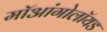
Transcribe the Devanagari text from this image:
मॉआंगोलॉयड